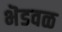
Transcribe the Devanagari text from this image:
भॆडवळ